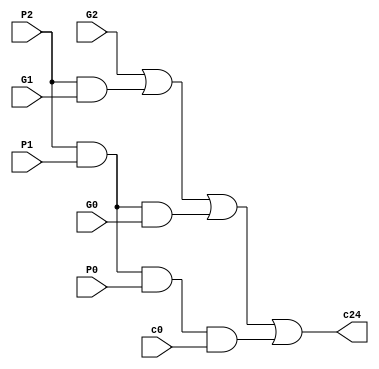
module my_c24(G0, P0, G1, P1, G2, P2, c0, c24);

    input G0, P0, G1, P1, G2, P2, c0;
    
    output c24;
    
    wire w1, w2, w3;
    
    and myAnd1(w1, P2, P1, P0, c0);
    
    and myAnd2(w2, P2, P1, G0);
    
    and myAnd3(w3, P2, G1);
    
    
    or myOr1(c24, G2, w3, w2, w1);
    
endmodule